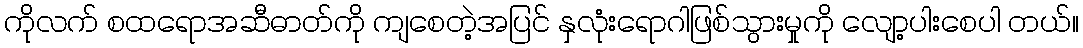
ကိုလက် စထရောအဆီဓာတ်ကို ကျစေတဲ့အပြင် နှလုံးရောဂါဖြစ်သွားမှုကို လျော့ပါးစေပါ တယ်။